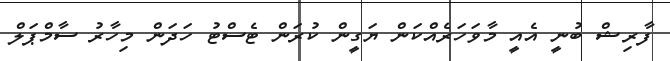
ފާރިޝް ބުނީ އެއީ މާވަހަރެއްކަން ޔަގީން ކުރަން ޓެސްޓު ހަދަން މިހާރު ސާމްޕަލް